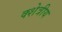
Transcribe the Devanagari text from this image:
क्शेत्रीय